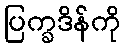
ပြက္ခဒိန်ကို